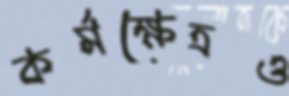
কর্মক্ষেত্রও